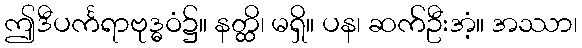
ဤဒီပင်္ကရာဗုဒ္ဓဝံ၌။ နတ္ထိ၊ မရှိ။ ပန၊ ဆက်ဦးအံ့။ အဿာ၊